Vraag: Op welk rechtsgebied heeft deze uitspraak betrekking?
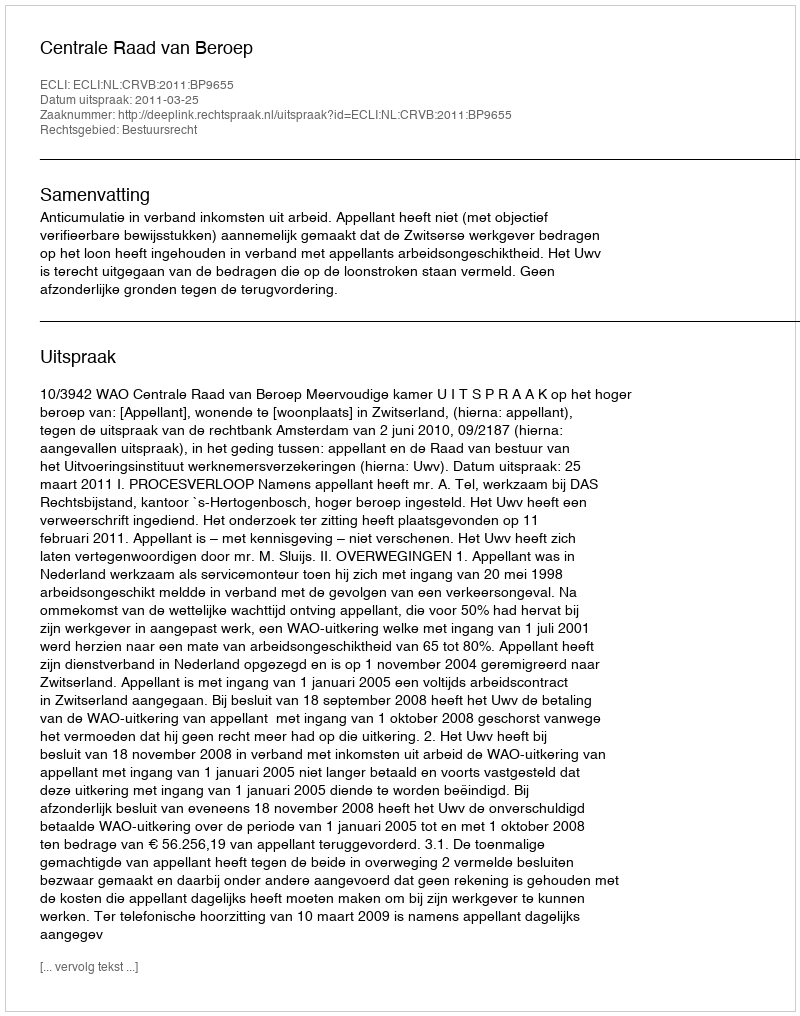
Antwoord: Bestuursrecht